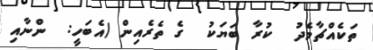
ތަކެއްޗާމެދު  ކުރާ ބަޔަކު  ގެ ތެރެއިން (އެބަހީ:  ންނާއި